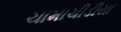
ચામાચીડીયા